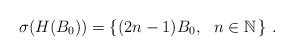
\begin{align*} \sigma (H(B_0)) =\left\{(2n-1)B_0, \ \ n\in\mathbb{N}\, \right\} \, .\end{align*}